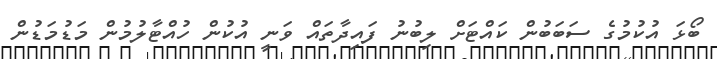
ބޯޅަ އުކުމުގެ ސަބަބުން ކައްޓަށް ލިބުނު ފައިދާތައް ވަނީ އުކުން ހުއްޓާލުމުން މަޑުމަޑުން